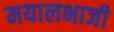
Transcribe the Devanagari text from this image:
मयालभाजी